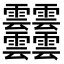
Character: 𩇔